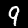
Digit: 9